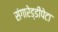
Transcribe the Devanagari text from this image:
संगारेड्डीपेटा